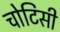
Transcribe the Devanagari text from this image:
चोटिसी